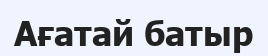
Ағатай батыр